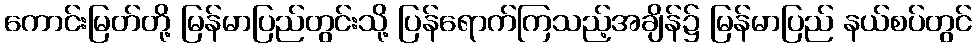
ကောင်းမြတ်တို့ မြန်မာပြည်တွင်းသို့ ပြန်ရောက်ကြသည့်အချိန်၌ မြန်မာပြည် နယ်စပ်တွင်